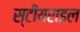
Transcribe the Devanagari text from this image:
स्टीयराइल